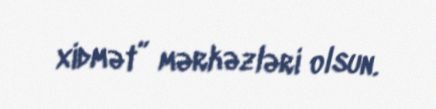
xidmət” mərkəzləri olsun.